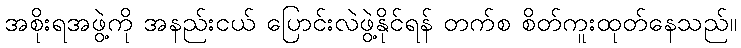
အစိုးရအဖွဲ့ကို အနည်းငယ် ပြောင်းလဲဖွဲ့နိုင်ရန် တက်စ စိတ်ကူးထုတ်နေသည်။